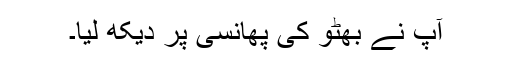
آپ نے بھٹو کی پھانسی پر دیکھ لیا۔